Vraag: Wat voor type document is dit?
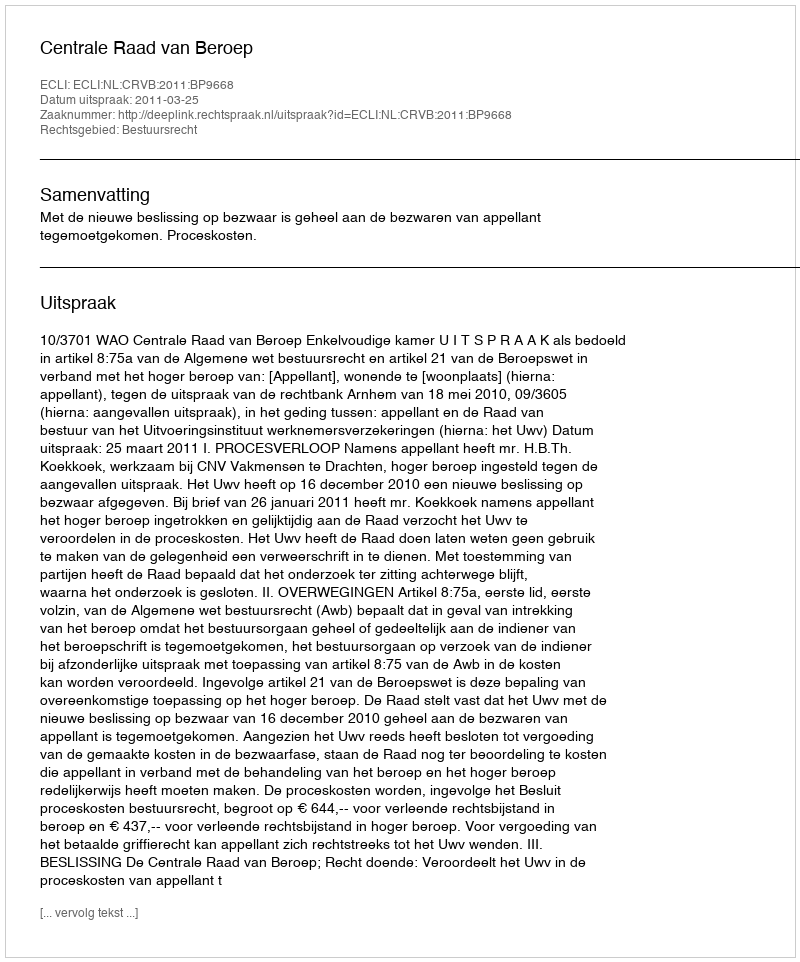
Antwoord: Uitspraak